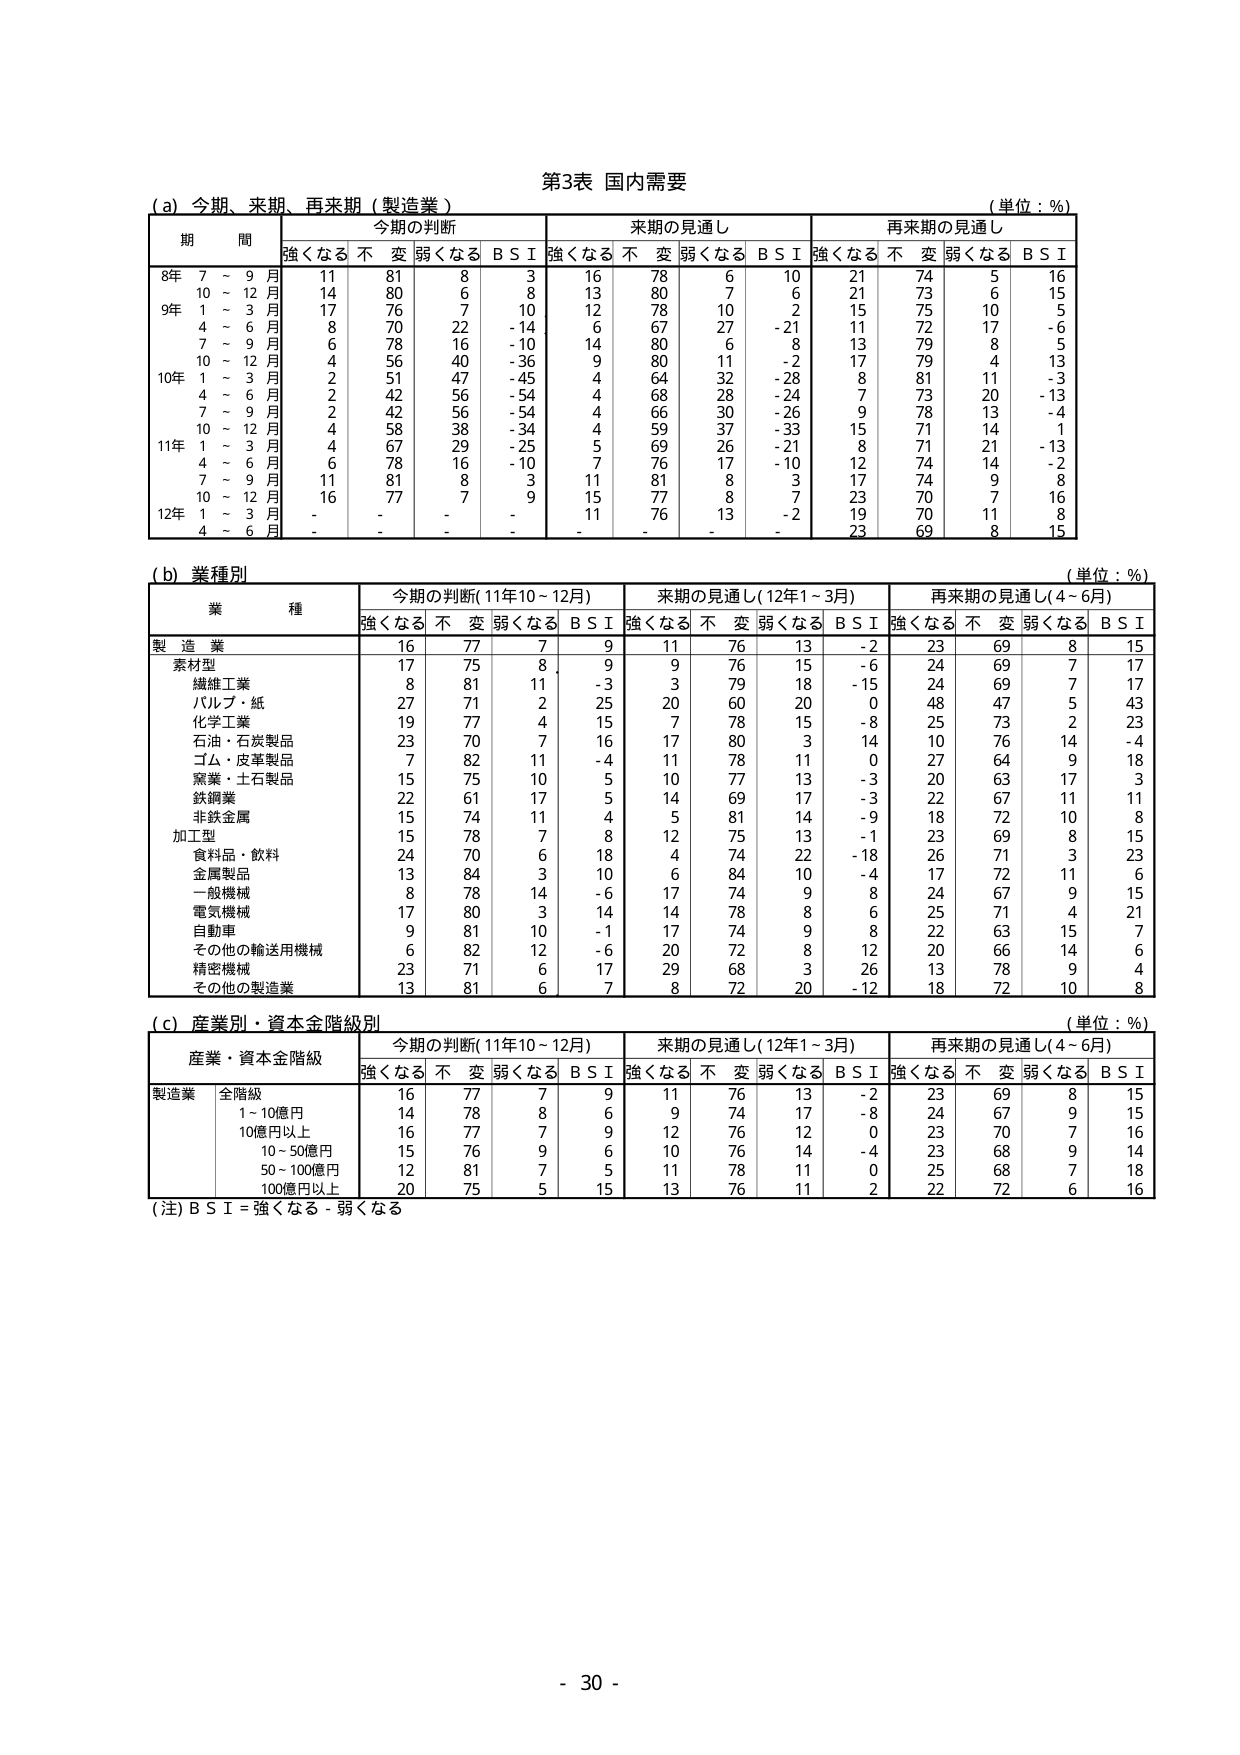
第3表 国内需要

(a) 今期、来期、再来期（製造業）
（単位：％）

期 間 | 今期の判断 | | | | 来期の見通し | | | | 再来期の見通し | | | |
--- | --- | --- | --- | --- | --- | --- | --- | --- | --- | --- | --- | --- |
| | 強くなる | 不変 | 弱くなる | B S I | 強くなる | 不変 | 弱くなる | B S I | 強くなる | 不変 | 弱くなる | B S I |
8年 7～9月 | 11 | 81 | 8 | 3 | 16 | 78 | 6 | 10 | 21 | 74 | 5 | 16 |
10～12月 | 14 | 80 | 6 | 8 | 13 | 80 | 7 | 6 | 21 | 73 | 6 | 15 |
9年 1～3月 | 17 | 76 | 7 | 10 | 12 | 78 | 10 | 2 | 15 | 75 | 10 | 5 |
4～6月 | 8 | 70 | 22 | -14 | 6 | 67 | 27 | -21 | 11 | 72 | 17 | -6 |
7～9月 | 6 | 78 | 16 | -10 | 14 | 80 | 6 | 8 | 13 | 79 | 8 | 5 |
10～12月 | 4 | 56 | 40 | -36 | 9 | 80 | 11 | -2 | 17 | 79 | 4 | 13 |
10年 1～3月 | 2 | 51 | 47 | -45 | 4 | 64 | 32 | -28 | 8 | 81 | 11 | -3 |
4～6月 | 2 | 42 | 56 | -54 | 4 | 68 | 28 | -24 | 7 | 73 | 20 | -13 |
7～9月 | 2 | 42 | 56 | -54 | 4 | 66 | 30 | -26 | 9 | 78 | 13 | -4 |
10～12月 | 4 | 58 | 38 | -34 | 4 | 59 | 37 | -33 | 15 | 71 | 14 | -1 |
11年 1～3月 | 4 | 67 | 29 | -25 | 5 | 69 | 26 | -21 | 8 | 71 | 21 | -13 |
4～6月 | 6 | 78 | 16 | -10 | 7 | 76 | 17 | -10 | 12 | 74 | 14 | -2 |
7～9月 | 11 | 81 | 8 | 3 | 11 | 81 | 8 | 3 | 17 | 74 | 9 | 8 |
10～12月 | 16 | 77 | 7 | 9 | 15 | 77 | 8 | 7 | 23 | 70 | 7 | 16 |
12年 1～3月 | - | - | - | - | 11 | 76 | 13 | -2 | 19 | 70 | 11 | 8 |
4～6月 | - | - | - | - | - | - | - | - | 23 | 69 | 8 | 15 |

(b) 業種別
（単位：％）

業 種 | 今期の判断（11年10～12月） | | | | 来期の見通し（12年1～3月） | | | | 再来期の見通し（4～6月） | | | |
--- | --- | --- | --- | --- | --- | --- | --- | --- | --- | --- | --- | --- |
| | 強くなる | 不変 | 弱くなる | B S I | 強くなる | 不変 | 弱くなる | B S I | 強くなる | 不変 | 弱くなる | B S I |
製造業 | 16 | 77 | 7 | 9 | 11 | 76 | 13 | -2 | 23 | 69 | 8 | 15 |
素材型 | 17 | 75 | 8 | 9 | 9 | 76 | 15 | -6 | 24 | 69 | 7 | 17 |
繊維工業 | 8 | 81 | 11 | -3 | 3 | 79 | 18 | -15 | 24 | 69 | 7 | 17 |
パルプ・紙 | 27 | 71 | 2 | 25 | 20 | 60 | 20 | 0 | 48 | 47 | 5 | 43 |
化学工業 | 19 | 77 | 4 | 15 | 7 | 78 | 15 | -8 | 25 | 73 | 2 | 23 |
石油・石炭製品 | 23 | 70 | 7 | 16 | 17 | 80 | 3 | 14 | 10 | 76 | 14 | -4 |
ゴム・皮革製品 | 7 | 82 | 11 | -4 | 11 | 78 | 11 | 0 | 27 | 64 | 9 | 18 |
窯業・土石製品 | 15 | 75 | 10 | 5 | 10 | 77 | 13 | -3 | 20 | 63 | 17 | 3 |
鉄鋼業 | 22 | 61 | 17 | 5 | 14 | 69 | 17 | -3 | 22 | 67 | 11 | 11 |
非鉄金属 | 15 | 74 | 11 | 4 | 5 | 81 | 14 | -9 | 18 | 72 | 10 | 8 |
加工型 | 15 | 78 | 7 | 8 | 12 | 75 | 13 | -1 | 23 | 69 | 8 | 15 |
食料品・飲料 | 24 | 70 | 6 | 18 | 4 | 74 | 22 | -18 | 26 | 71 | 3 | 23 |
金属製品 | 13 | 84 | 3 | 10 | 6 | 84 | 10 | -4 | 17 | 72 | 11 | 6 |
一般機械 | 8 | 78 | 14 | -6 | 17 | 74 | 9 | 8 | 24 | 67 | 9 | 15 |
電気機械 | 17 | 80 | 3 | 14 | 14 | 78 | 8 | 6 | 25 | 71 | 4 | 21 |
自動車 | 9 | 81 | 10 | -1 | 17 | 74 | 9 | 8 | 22 | 63 | 15 | 7 |
その他の輸送用機械 | 6 | 82 | 12 | -6 | 20 | 72 | 8 | 12 | 20 | 66 | 14 | 6 |
精密機械 | 23 | 71 | 6 | 17 | 29 | 68 | 3 | 26 | 13 | 78 | 9 | 4 |
その他の製造業 | 13 | 81 | 6 | 7 | 8 | 72 | 20 | -12 | 18 | 72 | 10 | 8 |

(c) 産業別・資本金階級別
（単位：％）

産業・資本金階級 | 今期の判断（11年10～12月） | | | | 来期の見通し（12年1～3月） | | | | 再来期の見通し（4～6月） | | | |
--- | --- | --- | --- | --- | --- | --- | --- | --- | --- | --- | --- | --- |
| | 強くなる | 不変 | 弱くなる | B S I | 強くなる | 不変 | 弱くなる | B S I | 強くなる | 不変 | 弱くなる | B S I |
製造業 | 全階級 | 16 | 77 | 7 | 9 | 11 | 76 | 13 | -2 | 23 | 69 | 8 | 15 |
| | 1～10億円 | 14 | 78 | 8 | 6 | 9 | 74 | 17 | -8 | 24 | 67 | 9 | 15 |
| | 10億円以上 | 16 | 77 | 7 | 9 | 12 | 76 | 12 | 0 | 23 | 70 | 7 | 16 |
| | 10～50億円 | 15 | 76 | 9 | 6 | 10 | 76 | 14 | -4 | 23 | 68 | 9 | 14 |
| | 50～100億円 | 12 | 81 | 7 | 5 | 11 | 78 | 11 | 0 | 25 | 68 | 7 | 18 |
| | 100億円以上 | 20 | 75 | 5 | 15 | 13 | 76 | 11 | 2 | 22 | 72 | 6 | 16 |

(注) B S I = 強くなる - 弱くなる

- 30 -